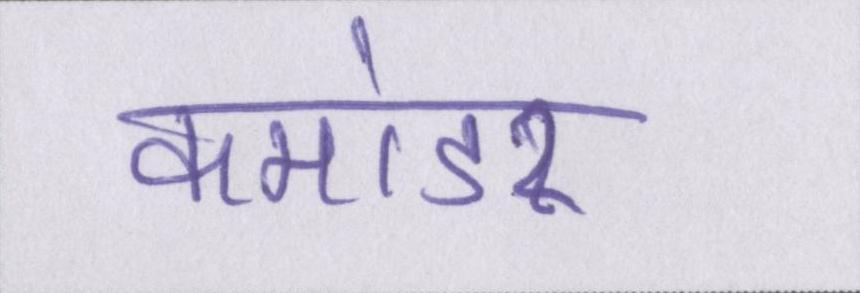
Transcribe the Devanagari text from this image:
कमांडर